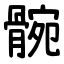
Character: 䯛